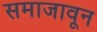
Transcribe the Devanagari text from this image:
समाजावून